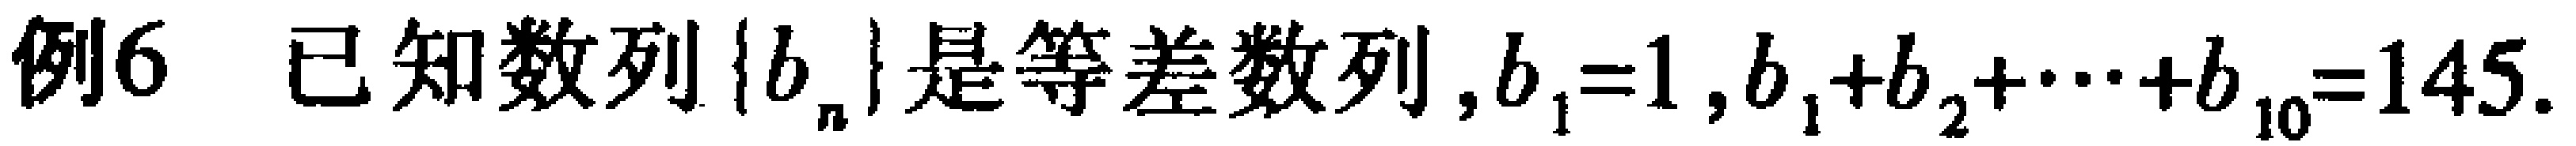
例6 已知数列\(\{b_{n}\}\)是等差数列，\(b_{1}=1\)，\(b_{1}+b_{2}+\cdots +b_{10}=145\).